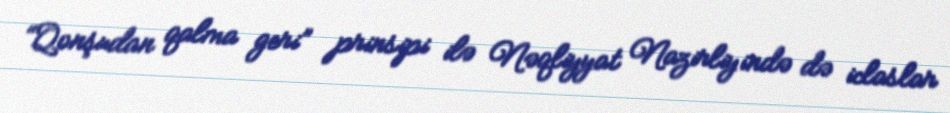
“Qonşudan qalma geri” prinsipi ilə Nəqliyyat Nazirliyində də iclaslar